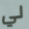
لي